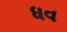
ધવ